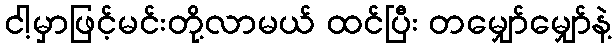
ငါ့မှာဖြင့်မင်းတို့လာမယ် ထင်ပြီး တမျှော်မျှော်နဲ့